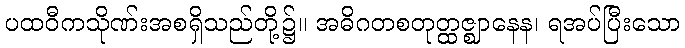
ပထဝီကသိုဏ်းအစရှိသည်တို့၌။ အဓိဂတစတုတ္ထဇ္ဈာနေန၊ ရအပ်ပြီးသော